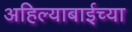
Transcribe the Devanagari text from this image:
अहिल्याबाईच्या